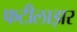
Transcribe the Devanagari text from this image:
फटीलाझर